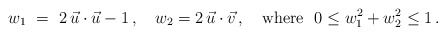
\begin{align*}w_1 ~=~ 2 \, \vec u\cdot \vec u - 1 \,, \quad w_2 = 2 \, \vec u\cdot \vec v \,,\quad {\rm where\ } \ 0 \le w_1^2 + w_2^2 \le 1\,.\end{align*}